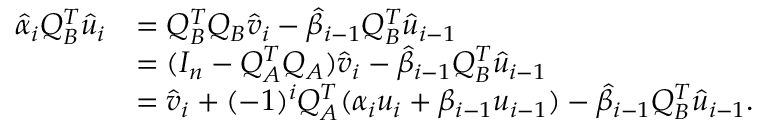
\begin{array} { r l } { \hat { \alpha } _ { i } Q _ { B } ^ { T } \hat { u } _ { i } } & { = Q _ { B } ^ { T } Q _ { B } \hat { v } _ { i } - \hat { \beta } _ { i - 1 } Q _ { B } ^ { T } \hat { u } _ { i - 1 } } \\ & { = ( I _ { n } - Q _ { A } ^ { T } Q _ { A } ) \hat { v } _ { i } - \hat { \beta } _ { i - 1 } Q _ { B } ^ { T } \hat { u } _ { i - 1 } } \\ & { = \hat { v } _ { i } + ( - 1 ) ^ { i } Q _ { A } ^ { T } ( \alpha _ { i } u _ { i } + \beta _ { i - 1 } u _ { i - 1 } ) - \hat { \beta } _ { i - 1 } Q _ { B } ^ { T } \hat { u } _ { i - 1 } . } \end{array}